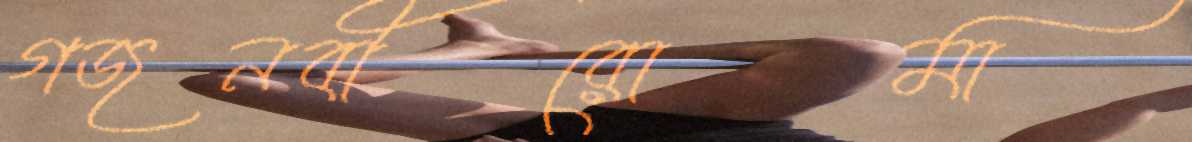
গজনবীরোমা